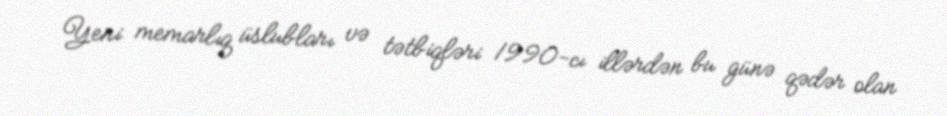
Yeni memarlıq üslubları və tətbiqləri 1990-cı illərdən bu günə qədər olan